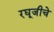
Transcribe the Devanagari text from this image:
रघूजीचे